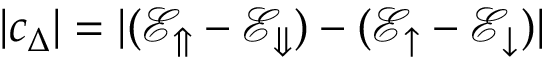
{ | c _ { \Delta } | = | ( \mathcal { E } _ { \Uparrow } - \mathcal { E } _ { \Downarrow } ) - ( \mathcal { E } _ { \uparrow } - \mathcal { E } _ { \downarrow } ) | }